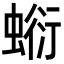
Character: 𧎘